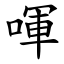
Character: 喗